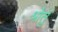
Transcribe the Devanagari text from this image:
श्रोतुं